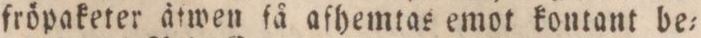
fröpaketer ätwen få afhemtas emot kontant be=